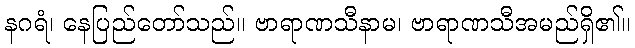
နဂရံ၊ နေပြည်တော်သည်။ ဗာရာဏသီနာမ၊ ဗာရာဏသီအမည်ရှိ၏။